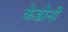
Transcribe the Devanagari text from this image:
केडोनी